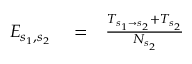
\begin{array} { r l r } { E _ { s _ { 1 } , s _ { 2 } } } & { { } = } & { \frac { T _ { s _ { 1 } \rightarrow s _ { 2 } } + T _ { s _ { 2 } } } { N _ { s _ { 2 } } } } \end{array}